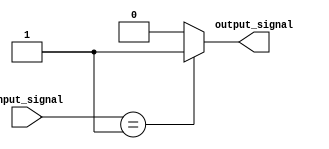
module generate_function (
    input wire [3:0] input_signal,
    output reg output_signal
);

always @(*) begin
    case(input_signal)
        4'b0000: output_signal = 1'b0; // Example logic for input value 0000
        4'b0001: output_signal = 1'b1; // Example logic for input value 0001
        4'b0010: output_signal = 1'b0; // Example logic for input value 0010
        // Add more cases for different input values and corresponding output logic
        default: output_signal = 1'b0; // Default output logic if input does not match any case
    endcase
end

endmodule